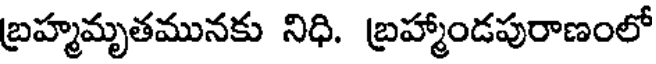
బ్రహ్మమృతమునకు నిధి. బ్రహ్మాండపురాణంలో